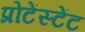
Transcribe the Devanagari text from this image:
प्रोटेंस्टेंट